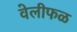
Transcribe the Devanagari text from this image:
वेलीफळ